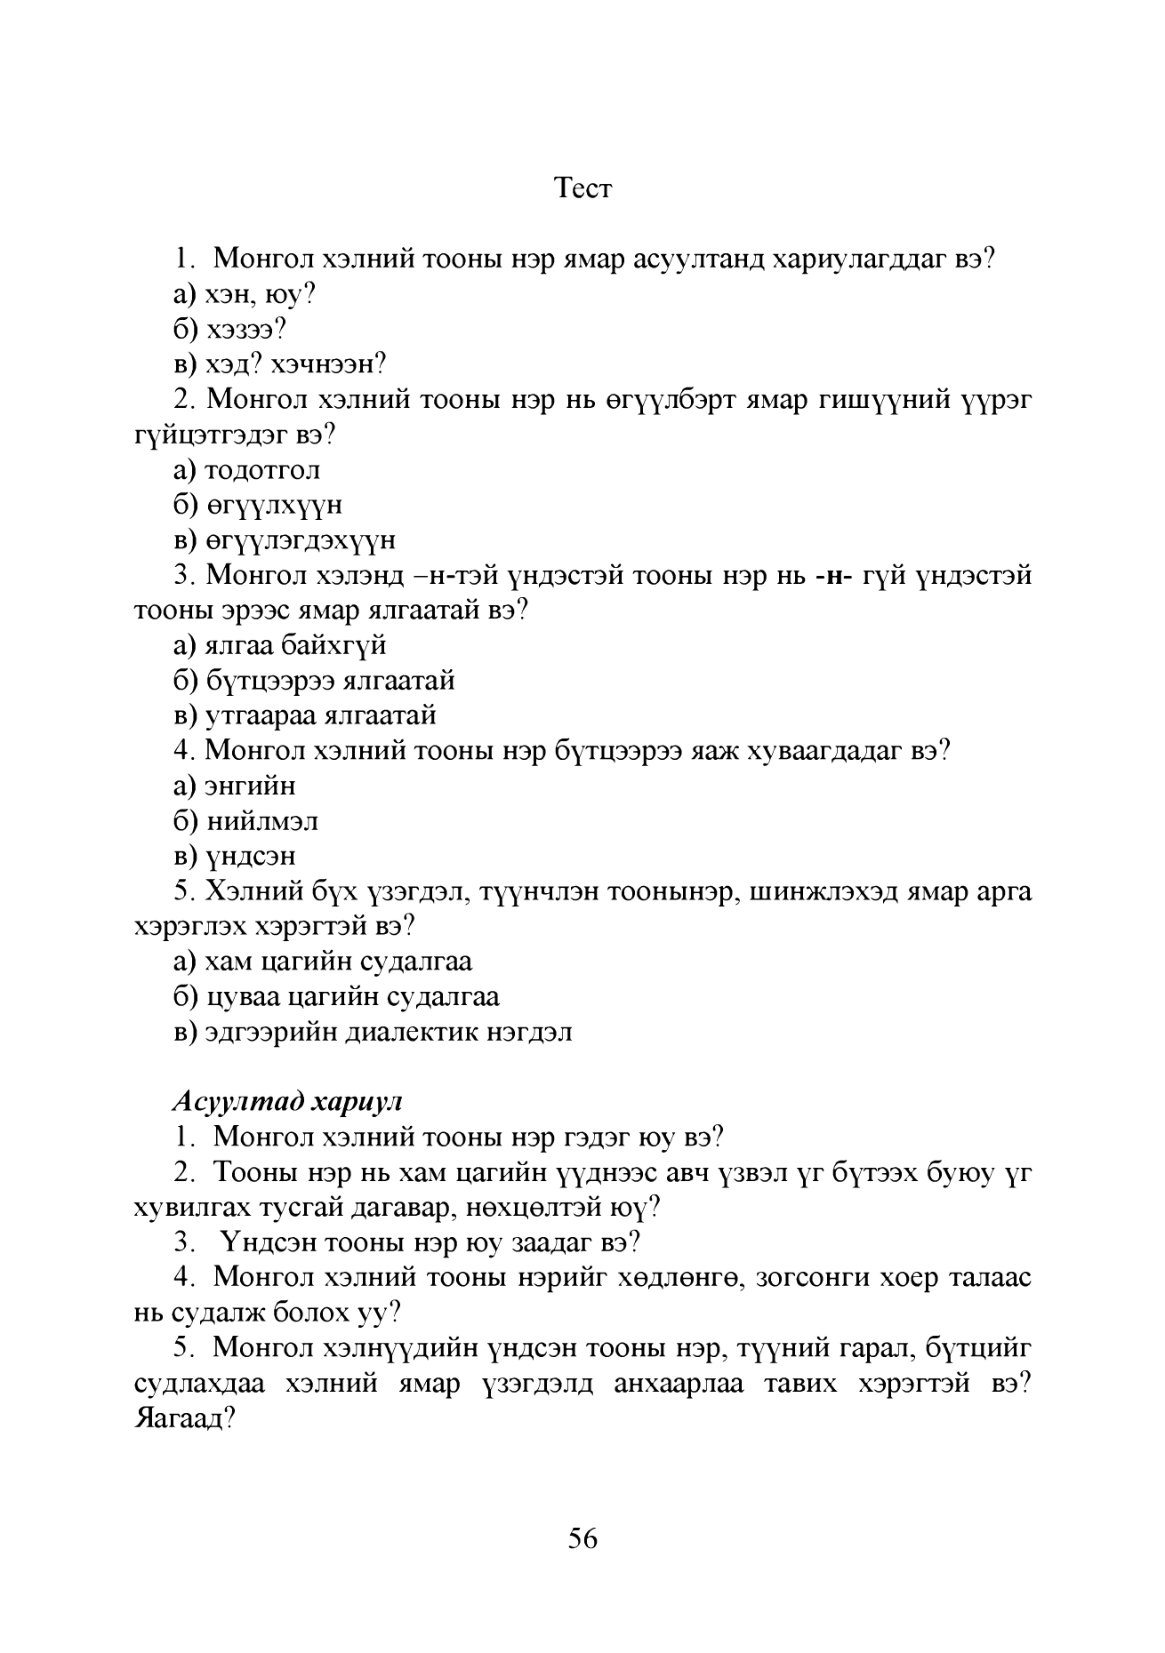
Language: mn